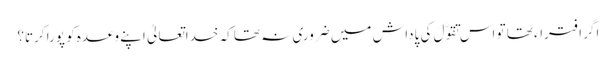
اگر افتراء تھا تو اس تَقَوَّلَ کی پاداش میں ضروری نہ تھا کہ خداتعالیٰ اپنے وعدہ کو پورا کرتا؟